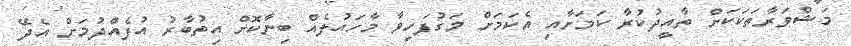
މަޝްވަރާތަކަކަށް ތާއީދުކުރާ ކަމަށާއި އެކަމަށް މަގުފަހިވާ މާހައުލެއް ބިނާކޮށް އިތުބާރު އުފެއްދުމަށް އެދޭ